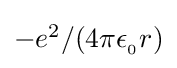
\textstyle -e^{2}/(4\pi \epsilon _{_{0}}r)